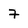
Character: 7